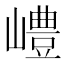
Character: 𡽍